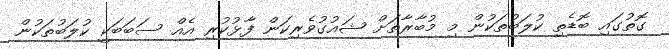
ގޮތުގައި ބޮޑެތި ކުލަބުތަކުން މި މުބާރާތަށް ޝައުގުވެރިކަން ފާޅުކުރި އެއް ސަބަބަކީ ކުލަބުތަކުން